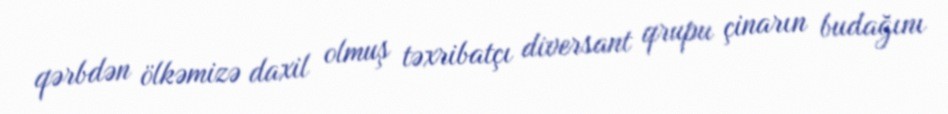
qərbdən ölkəmizə daxil olmuş təxribatçı diversant qrupu çinarın budağını